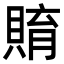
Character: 𧶰